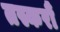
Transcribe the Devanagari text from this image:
तस्करौं